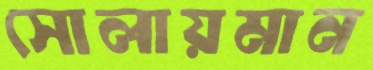
সোলায়মান